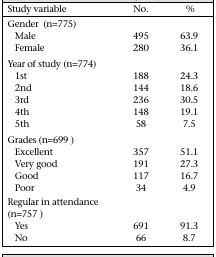
<table><thead><tr><td><b>Study variable</b></td><td><b>No.</b></td><td><b>%</b></td></tr></thead><tbody><tr><td>Gender (n=775)</td><td></td><td></td></tr><tr><td>Male</td><td>495</td><td>63.9</td></tr><tr><td>Female</td><td>280</td><td>36.1</td></tr><tr><td>Year of study (n=774)</td><td></td><td></td></tr><tr><td>1st</td><td>188</td><td>24.3</td></tr><tr><td>2nd</td><td>144</td><td>18.6</td></tr><tr><td>3rd</td><td>236</td><td>30.5</td></tr><tr><td>4th</td><td>148</td><td>19.1</td></tr><tr><td>5th</td><td>58</td><td>7.5</td></tr><tr><td>Grades (n=699)</td><td></td><td></td></tr><tr><td>Excellent</td><td>357</td><td>51.1</td></tr><tr><td>Very good</td><td>191</td><td>27.3</td></tr><tr><td>Good</td><td>117</td><td>16.7</td></tr><tr><td>Poor</td><td>34</td><td>4.9</td></tr><tr><td>Regular in attendance (n=757)</td><td></td><td></td></tr><tr><td>Yes</td><td>691</td><td>91.3</td></tr><tr><td>No</td><td>66</td><td>8.7</td></tr></tbody></table>